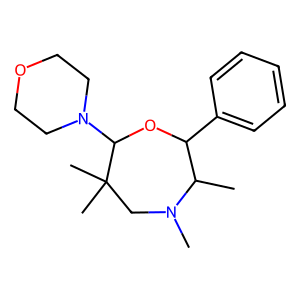
SMILES: CC1C(c2ccccc2)OC(N2CCOCC2)C(C)(C)CN1C
Inhibits HIV replication: No